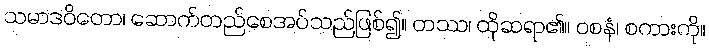
သမာဒဝိတော၊ ဆောက်တည်စေအပ်သည်ဖြစ်၍။ တဿ၊ ထိုဆရာ၏။ ဝစနံ၊ စကားကို။